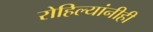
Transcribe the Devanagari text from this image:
रोहिल्यांनीही